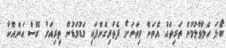
ބޯޅަ ހަލުވާލުމުން ތަރިތައް އެތަން މިތަނަށް ފެތުރިގެންފައި މަޑުމަޑުން ތިރިއަށް ގޮސް އަނެއްކާ